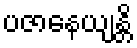
ပဇာနေယျန္တိ